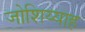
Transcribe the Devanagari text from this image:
जोशिय्याह